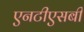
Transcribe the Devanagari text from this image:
एनटीएसबी